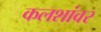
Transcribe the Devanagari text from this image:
कलशांवर